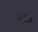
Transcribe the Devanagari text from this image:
होटींग